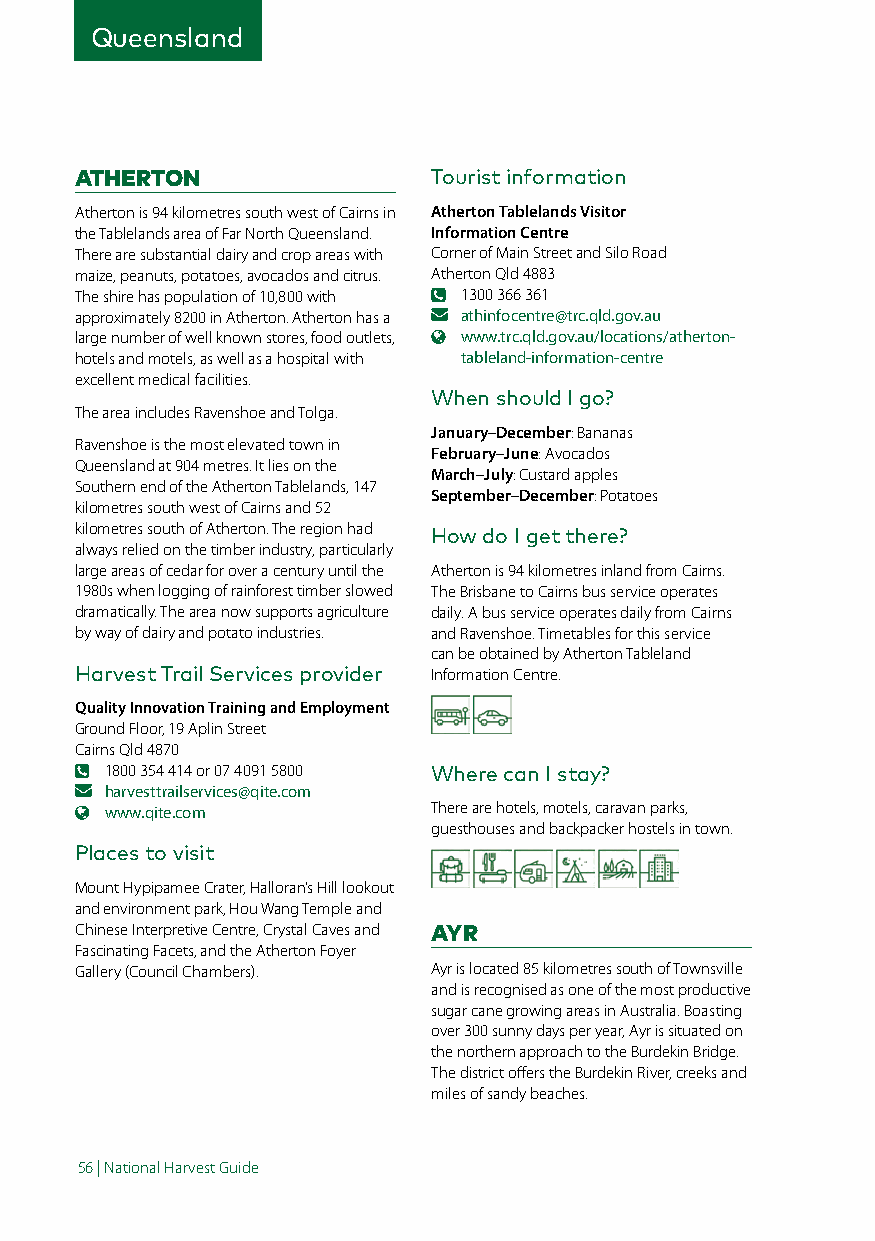
Queensland
 ATHERTON                Tourist information
 Atherton is 94 kilometres south west of Cairns in Atherton Tablelands Visitor
 the Tablelands area of Far North Queensland. Information Centre
 There are substantial dairy and crop areas with Corner of Main Street and Silo Road
 maize, peanuts, potatoes, avocados and citrus. Atherton Qld 4883
 The shire has population of 10,800 with 1300 366 361
 approximately 8200 in Atherton. Atherton has a athinfocentre@trc.qld.gov.au
 large number of well known stores, food outlets, www.trc.qld.gov.au/locations/atherton-
 hotels and motels, as well as a hospital with tableland-information-centre
 excellent medical facilities.
 When should I go?
 The area includes Ravenshoe and Tolga.
 January–December: Bananas
 Ravenshoe is the most elevated town in
 February–June: Avocados
 Queensland at 904 metres. It lies on the
 March–July: Custard apples
 Southern end of the Atherton Tablelands, 147
 September–December: Potatoes
 kilometres south west of Cairns and 52
 kilometres south of Atherton. The region had How do I get there?
 always relied on the timber industry, particularly
 large areas of cedar for over a century until the Atherton is 94 kilometres inland from Cairns.
 1980s when logging of rainforest timber slowed The Brisbane to Cairns bus service operates
 dramatically. The area now supports agriculture daily. A bus service operates daily from Cairns
 by way of dairy and potato industries. and Ravenshoe. Timetables for this service
 can be obtained by Atherton Tableland
 Harvest Trail Services provider Information Centre.
 Quality Innovation Training and Employment
 Ground Floor, 19 Aplin Street
 Cairns Qld 4870
 1800 354 414 or 07 4091 5800 Where can I stay?
 harvesttrailservices@qite.com
 www.qite.com          There are hotels, motels, caravan parks,
 guesthouses and backpacker hostels in town.
 Places to visit
 Mount Hypipamee Crater, Halloran’s Hill lookout
 and environment park, Hou Wang Temple and
 Chinese Interpretive Centre, Crystal Caves and AYR
 Fascinating Facets, and the Atherton Foyer
 Gallery (Council Chambers). Ayr is located 85 kilometres south of Townsville
 and is recognised as one of the most productive
 sugar cane growing areas in Australia. Boasting
 over 300 sunny days per year, Ayr is situated on
 the northern approach to the Burdekin Bridge.
 The district offers the Burdekin River, creeks and
 miles of sandy beaches.
 56 | National Harvest Guide